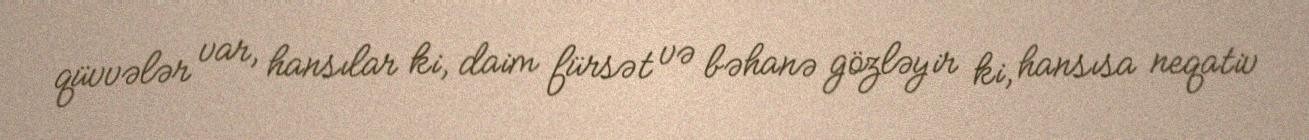
qüvvələr var, hansılar ki, daim fürsət və bəhanə gözləyir ki, hansısa neqativ